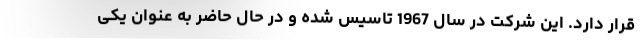
قرار دارد. این شرکت در سال 1967 تاسیس شده و در حال حاضر به عنوان یکی